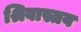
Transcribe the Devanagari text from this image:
श्रिवास्तव